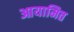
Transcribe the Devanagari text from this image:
आयामित